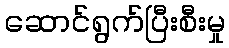
ဆောင်ရွက်ပြီးစီးမှု